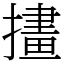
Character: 㩇